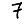
Digit: 7